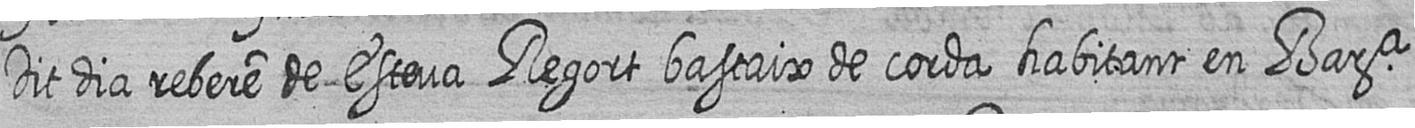
Dit dia rebere de Esteva Regort bastaix de corda habitant en Bara